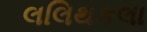
લલિથકલા